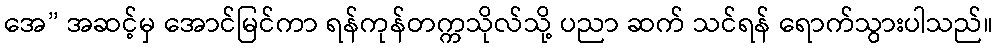
အေ” အဆင့်မှ အောင်မြင်ကာ ရန်ကုန်တက္ကသိုလ်သို့ ပညာ ဆက် သင်ရန် ရောက်သွားပါသည်။